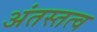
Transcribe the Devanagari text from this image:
अंतस्तत्व